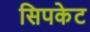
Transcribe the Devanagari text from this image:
सिपकेट